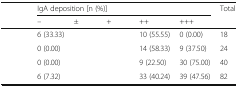
<table><thead><tr><td rowspan="2">[EMPTY_CELL]</td><td colspan="5"><b>IgA deposition [n (%)]</b></td><td rowspan="2"><b>Total</b></td></tr><tr><td><b>–</b></td><td><b>±</b></td><td><b>+</b></td><td><b>++</b></td><td><b>+++</b></td></tr></thead><tbody><tr><td>[EMPTY_CELL]</td><td>6 (33.33)</td><td>[EMPTY_CELL]</td><td>[EMPTY_CELL]</td><td>10 (55.55)</td><td>0 (0.00)</td><td>18</td></tr><tr><td>[EMPTY_CELL]</td><td>0 (0.00)</td><td>[EMPTY_CELL]</td><td>[EMPTY_CELL]</td><td>14 (58.33)</td><td>9 (37.50)</td><td>24</td></tr><tr><td>[EMPTY_CELL]</td><td>0 (0.00)</td><td>[EMPTY_CELL]</td><td>[EMPTY_CELL]</td><td>9 (22.50)</td><td>30 (75.00)</td><td>40</td></tr><tr><td>[EMPTY_CELL]</td><td>6 (7.32)</td><td>[EMPTY_CELL]</td><td>[EMPTY_CELL]</td><td>33 (40.24)</td><td>39 (47.56)</td><td>82</td></tr></tbody></table>